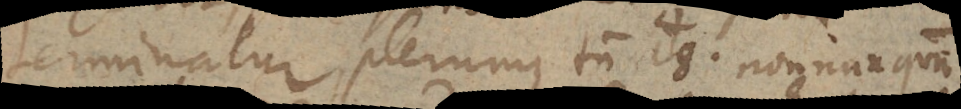
terminatur, plerumque tamen 18. nonnunquam